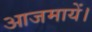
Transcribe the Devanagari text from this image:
आजमायें।